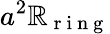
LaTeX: a^{2}\mathbb{R}_{\mathrm{{~r~i~n~g~}}}